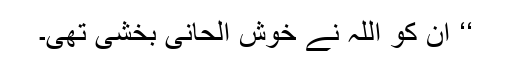
‘‘ ان کو اللہ نے خوش الحانی بخشی تھی۔